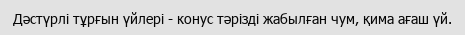
Дәстүрлі тұрғын үйлері - конус тәрізді жабылған чум, қима ағаш үй.